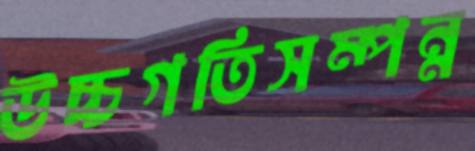
উচ্চগতিসম্পন্ন